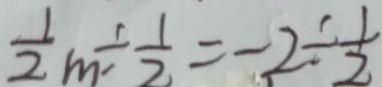
\frac { 1 } { 2 } m \div \frac { 1 } { 2 } = - 2 \div \frac { 1 } { 2 }